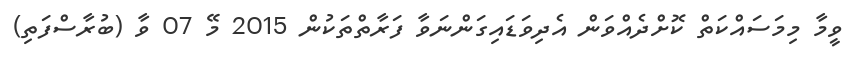
ވީމާ މިމަސައްކަތް ކޮށްދެއްވަން އެދިވަޑައިގަންނަވާ ފަރާތްތަކުން 2015 މޭ 07 ވާ (ބުރާސްފަތި)